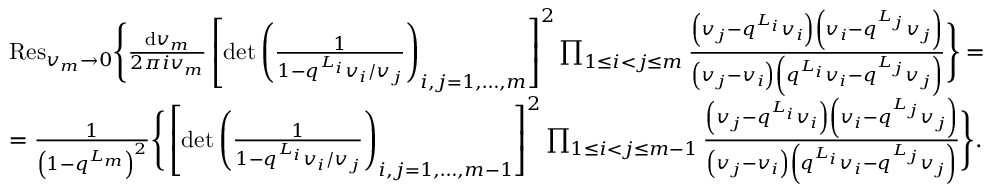
\begin{array} { r l } & { { \mathrm { R e s } } _ { v _ { m } \rightarrow 0 } \Bigg \{ \frac { { \mathrm { d } } v _ { m } } { 2 \pi i v _ { m } } \left[ \operatorname* { d e t } \left( \frac { 1 } { 1 - q ^ { L _ { i } } v _ { i } / v _ { j } } \right) _ { i , j = 1 , \dots , m } \right] ^ { 2 } \prod _ { 1 \leq i < j \leq m } \frac { \left( v _ { j } - q ^ { L _ { i } } v _ { i } \right) \left( v _ { i } - q ^ { L _ { j } } v _ { j } \right) } { \left( v _ { j } - v _ { i } \right) \left( q ^ { L _ { i } } v _ { i } - q ^ { L _ { j } } v _ { j } \right) } \Bigg \} = } \\ & { = \frac { 1 } { \left( 1 - q ^ { L _ { m } } \right) ^ { 2 } } \Bigg \{ \left[ \operatorname* { d e t } \left( \frac { 1 } { 1 - q ^ { L _ { i } } v _ { i } / v _ { j } } \right) _ { i , j = 1 , \dots , m - 1 } \right] ^ { 2 } \prod _ { 1 \leq i < j \leq m - 1 } \frac { \left( v _ { j } - q ^ { L _ { i } } v _ { i } \right) \left( v _ { i } - q ^ { L _ { j } } v _ { j } \right) } { \left( v _ { j } - v _ { i } \right) \left( q ^ { L _ { i } } v _ { i } - q ^ { L _ { j } } v _ { j } \right) } \Bigg \} . } \end{array}